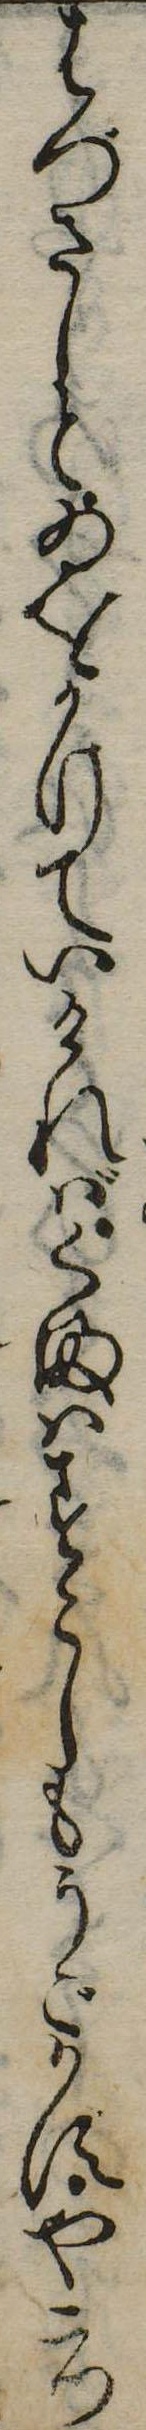
はづさしとゐをかけていければくまはすこしもうごかすや二つ